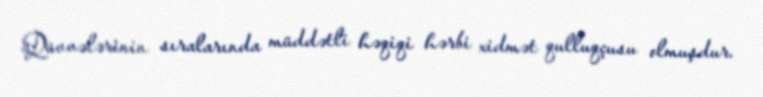
Qüvvələrinin sıralarında müddətli həqiqi hərbi xidmət qulluqçusu olmuşdur.